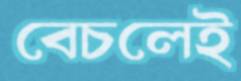
বেচলেই